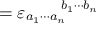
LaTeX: \mathbf { \Phi } = \varepsilon _ { a _ { 1 } \cdots a _ { n } } ^ { \qquad b _ { 1 } \cdots b _ { n } }